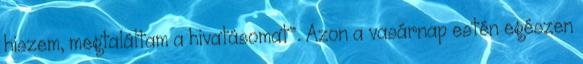
hiszem, megtaláltam a hivatásomat”. Azon a vasárnap estén egészen